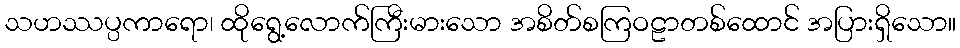
သဟဿပ္ပကာရော၊ ထိုရွေ့လောက်ကြီးမားသော အစိတ်စကြဝဠာတစ်ထောင် အပြားရှိသော။